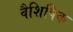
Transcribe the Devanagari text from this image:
वैशिषिक